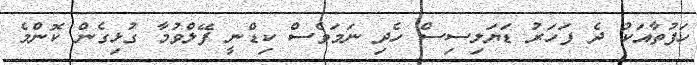
ހަފުތާއަކު ދެ ފަހަރު ޑަޔަލިސިސް ހެދި ނަމަވެސް ކިޑްނީ ފޭލްވުމާ ގުޅިގެން ކޮންމެ